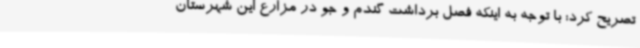
تصریح کرد: با توجه به اینکه فصل برداشت گندم و جو در مزارع این شهرستان